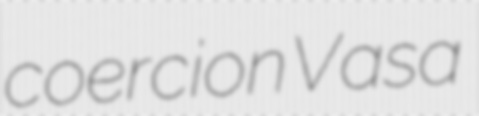
coercion Vasa